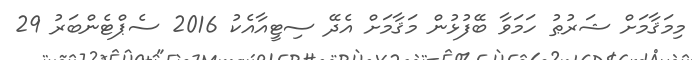
މިމަޤާމަށް ޝަރުޠު ހަމަވާ ބޭފުޅުން މަޤާމަށް އެދޭ ސިޓީއާއެކު 2016 ސެޕްޓެންބަރު 29